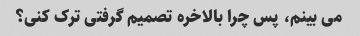
می بینم، پس چرا بالاخره تصمیم گرفتی ترک کنی؟